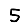
Digit: 5